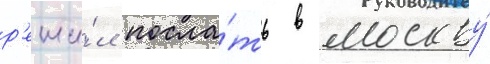
р'еши́л посла́ть в москву́